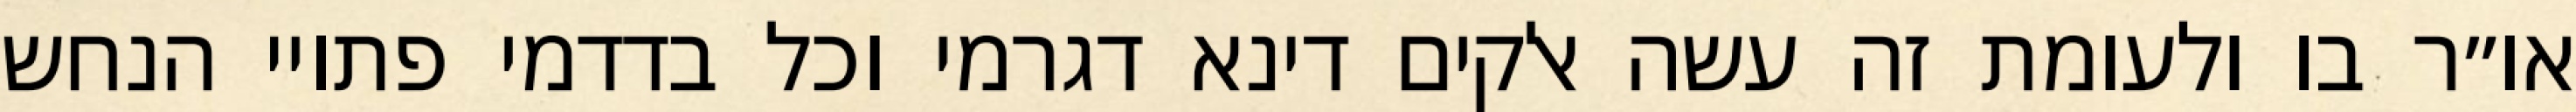
או״ר בו ולעומת זה עשה אלקים דינא דגרמי וכל בדדמי פתויי הנחש